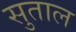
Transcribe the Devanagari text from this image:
सुताल